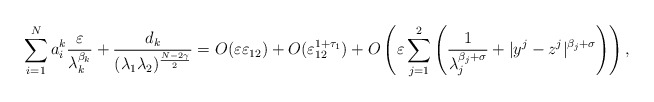
\begin{align*}\displaystyle\sum_{i = 1}^N a_i^k \frac{\varepsilon}{\lambda_k^{\beta_k}} + \frac{d_k}{(\lambda_1\lambda_2)^{\frac{N - 2\gamma}{2}}} = O(\varepsilon\varepsilon_{12}) + O(\varepsilon_{12}^{1 + \tau_1}) + O\left(\varepsilon\displaystyle\sum_{j = 1}^2\left(\frac{1}{\lambda_j^{\beta_j + \sigma}} + |y^j - z^j|^{\beta_j + \sigma}\right)\right),\end{align*}